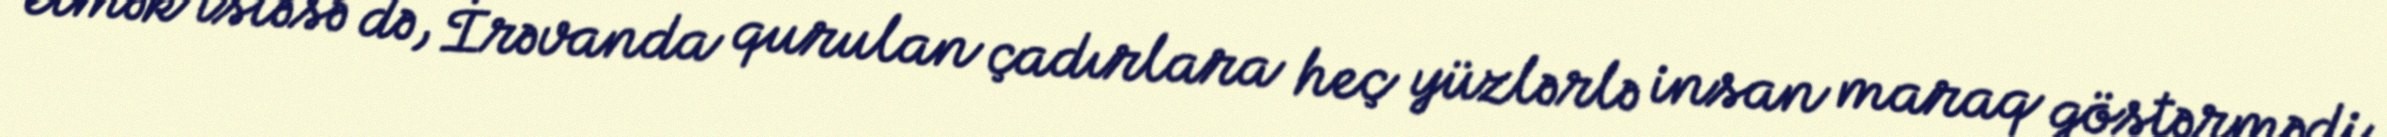
etmək istəsə də, İrəvanda qurulan çadırlara heç yüzlərlə insan maraq göstərmədi.